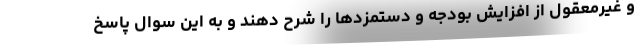
و غیرمعقول از افزایش بودجه و دستمزدها را شرح دهند و به این سوال پاسخ